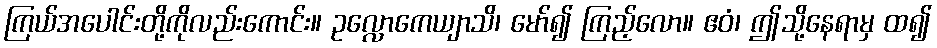
ကြယ်အပေါင်းတို့ကိုလည်းကောင်း။ ဥလ္လောကေယျာသိ၊ မော်၍ ကြည့်လော။ ဧဝံ၊ ဤသို့နေရာမှ ထ၍